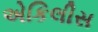
એકિલીસ